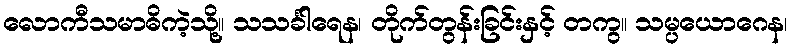
လောကီသမာဓိကဲ့သို့။ သသင်္ခါရေန၊ တိုက်တွန်းခြင်းနှင့် တကွ။ သမ္ပယောဂေန၊